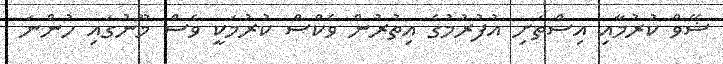
ޝޭވް ކުރުމާއި އިސްތަށި އުފުރުމުގެ އިތުރުން ވެކްސް ކުރުމަކީ ވެސް މޫނުގައި ހުުންނަ